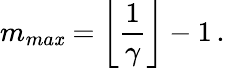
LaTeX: m_{ma\mathit{x}}=\left\lfloor\frac{{1}}{{\gamma}}\right\rfloor-1\, .